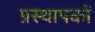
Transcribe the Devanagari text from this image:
प्रस्थापकों